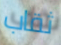
ثقاب